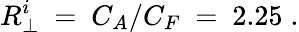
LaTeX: R_{\perp}^{i}\ =\ C_{A}/C_{F}\ =\ 2.25\; .